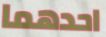
احدهما